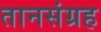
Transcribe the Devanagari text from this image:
तानसंग्रह